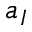
a _ { I }